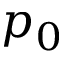
p _ { 0 }